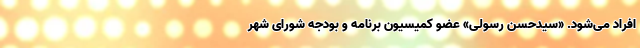
افراد می‌شود. «سیدحسن رسولی» عضو کمیسیون برنامه و بودجه شورای شهر